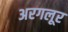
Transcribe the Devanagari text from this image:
अरगलूर